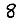
Digit: 8